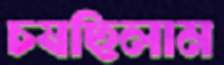
চষছিলাম